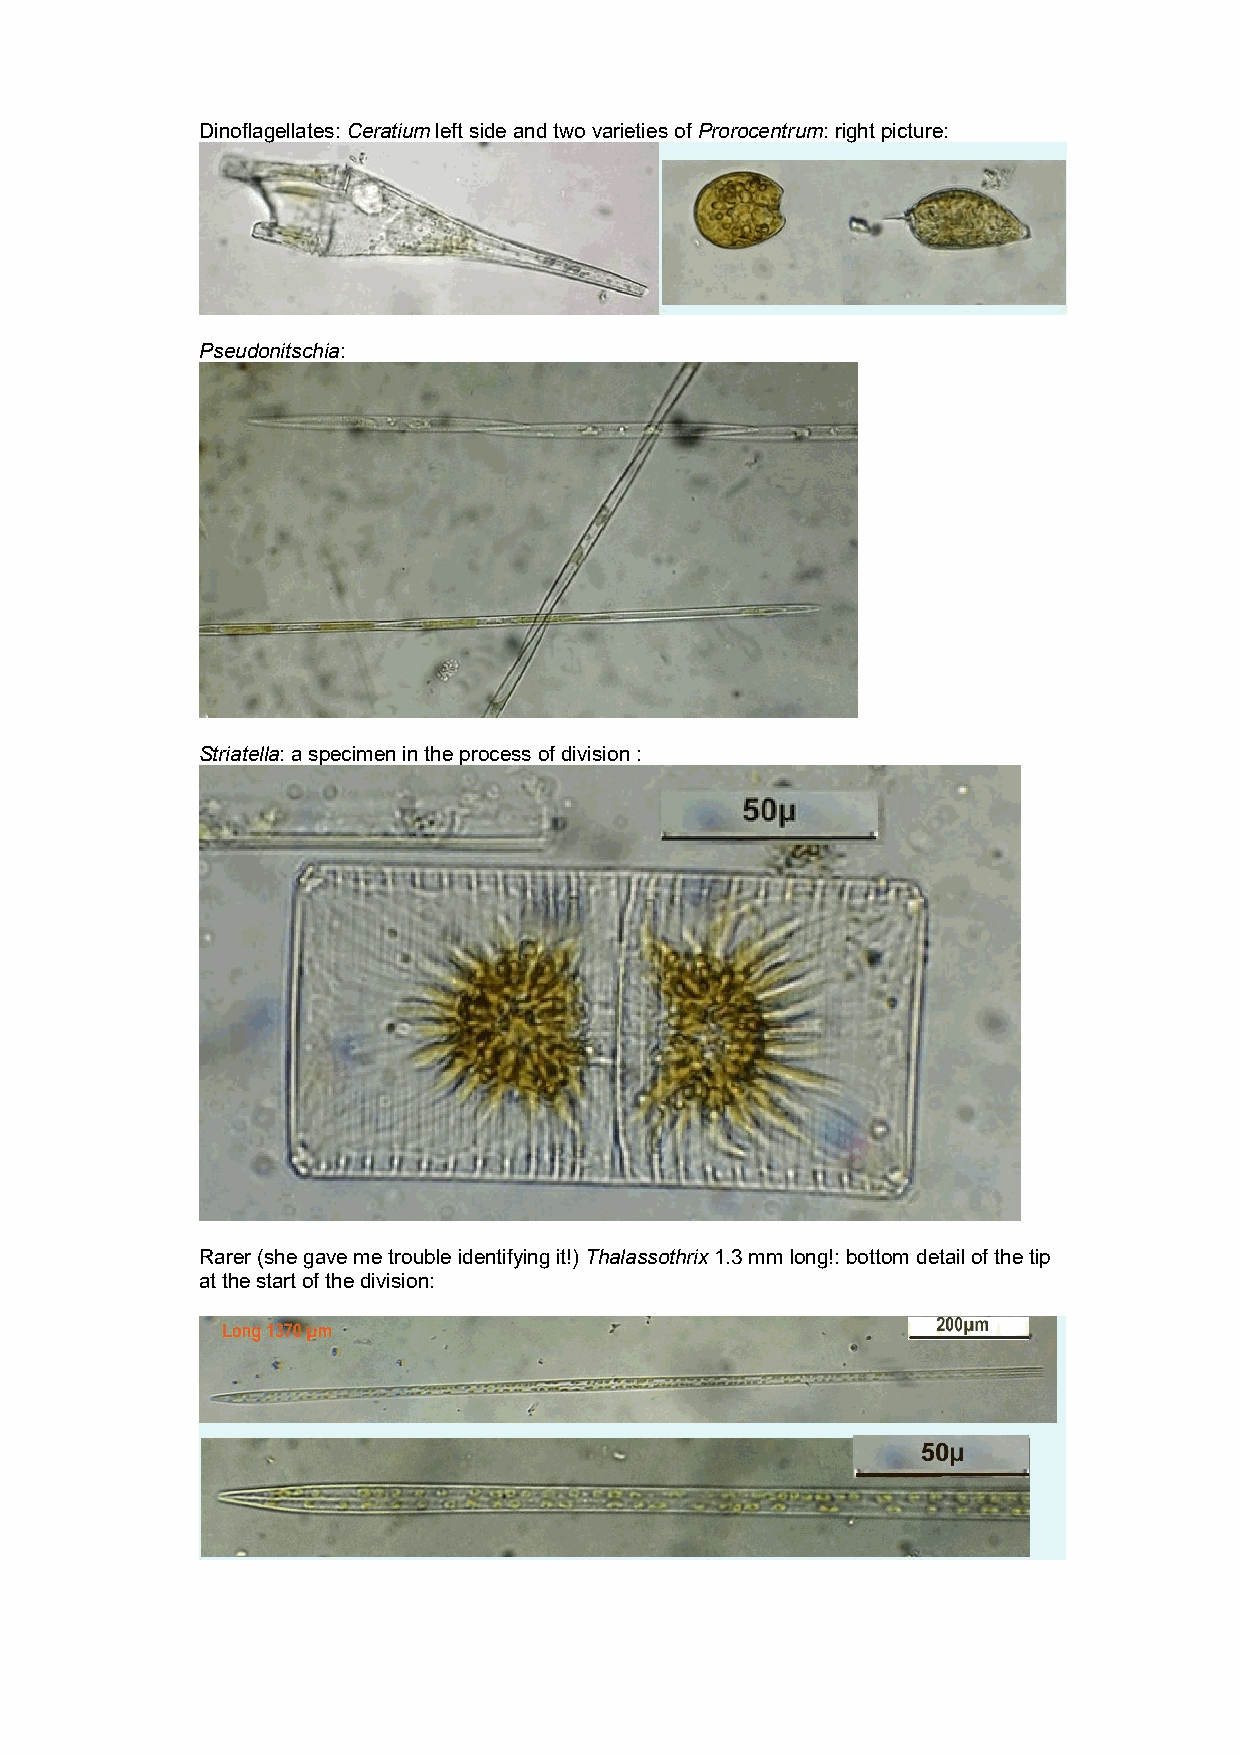
Dinoflagellates: Ceratium left side and two varieties of Prorocentrum: right picture:
 Pseudonitschia:
 Striatella: a specimen in the process of division :
 Rarer (she gave me trouble identifying it!) Thalassothrix 1.3 mm long!: bottom detail of the tip
 at the start of the division: